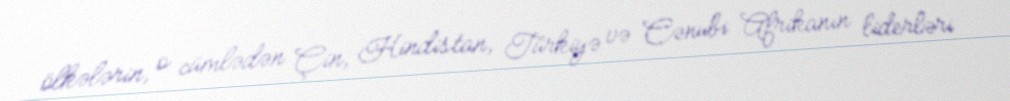
ölkələrin, o cümlədən Çin, Hindistan, Türkiyə və Cənubi Afrikanın liderləri